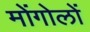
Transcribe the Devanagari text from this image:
मोंगोलों